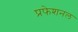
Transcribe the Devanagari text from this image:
प्रफेशनल